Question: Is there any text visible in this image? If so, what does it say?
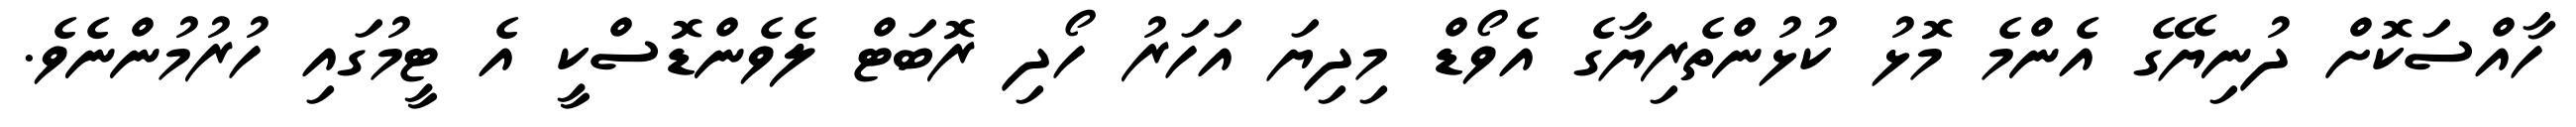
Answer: ހާއްސަކޮށް ދުނިޔޭގެ އެންމެ މޮޅު ކުޅުންތެރިޔާގެ އެވޯޑް މިދިޔަ އަހަރު ހޯދި ރޮބަޓް ލެވެންޑޮސްކީ އެ ޓީމުގައި ހުރުމުންނެވެ.